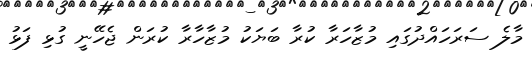
މާލެ ސަރަހައްދުގައި މުޒާހަރާ ކުރާ ބަޔަކު މުޒާހާރާ ކުރަން ޖެހޭނީ ގުޅި ފަޅު